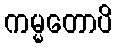
ကမ္မတောပိ